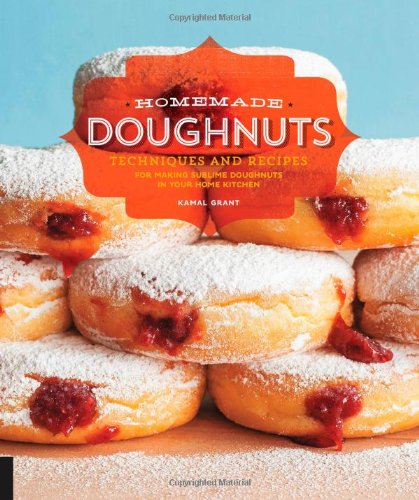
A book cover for Homemade Doughnuts: Techniques and Recipes for Making Sublime Doughnuts in Your Home Kitchen; Kamal Grant; Cookbooks, Food & Wine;